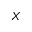
X